Insane asylums in Bengal annual reports 1867-1875 - 1867-1875
Year: 1867
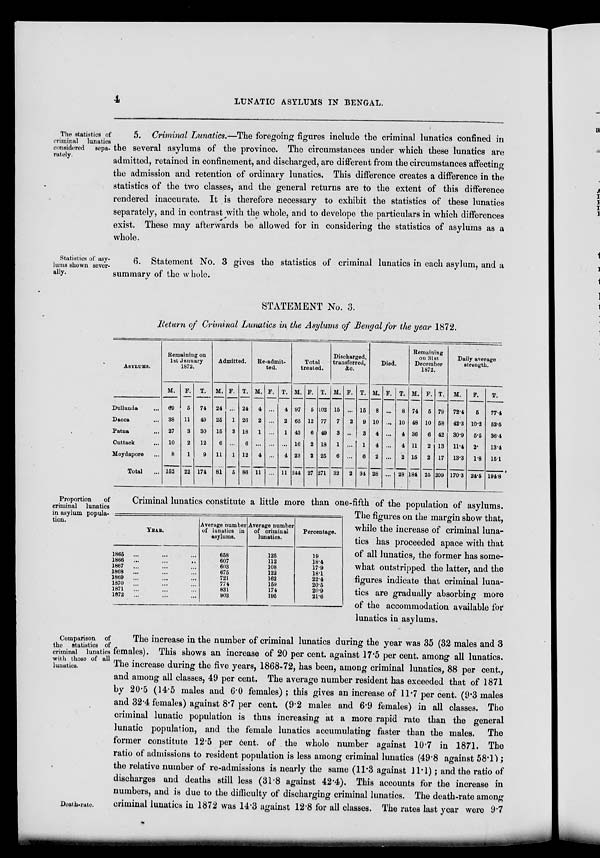
4
LUNATIC ASYLUMS IN BENGAL.
The statistics of
criminal lunatics
considered
sepa-
rately.
5. Criminal Lunatics.—The foregoing figures include the criminal lunatics confined in
the several asylums of the province. The circumstances under which these lunatics are
admitted, retained in confinement, and discharged, are different from the circumstances affecting
the admission and retention of ordinary lunatics. This difference creates a difference in the
statistics of the two classes, and the general returns are to the extent of this difference
rendered inaccurate. It is therefore necessary to exhibit the statistics of these lunatics
separately, and in contrast with the whole, and to develope the particulars in which differences
exist. These may afterwards be allowed for in considering the statistics of asylums as a
whole.
Statistics of asy-
lums shown sever-
ally.
6. Statement No. 3 gives the statistics of criminal lunatics in each asylum, and a
summary of the w hole.
STATEMENT No. 3.
Return of Criminal Lunatics in the Asylums of Bengal for the year 1872.
ASYLUMS.
Dullunda ...
Dacca ...
Patna ...
Cuttack ...
Moydapore ...
Total ...
Remaining on
1st January
1872.
M.
69
38
27
10
8
152
F.
5
11
3
2
1
22
T.
74
49
30
12
9
174
Admitted.
M.
24
25
15
6
11
81
F.
...
1
3
...
1
5
T.
24
26
18
6
12
86
Re-admit-
ted.
M.
4
2
1
...
4
11
F.
...
...
...
...
...
...
T.
4
2
1
...
4
11
Total
treated.
M.
97
65
43
16
23
244
F.
5
12
6
2
2
27
T.
102
77
49
18
25
271
Discharged,
transferred,
&c.
M.
15
7
3
1
6
32
F.
...
2
...
...
...
2
T.
15
9
3
1
6
34
Died.
M.
8
10
4
4
2
28
F.
...
...
...
...
...
...
T.
8
10
4
4
2
28
Remaining
on 31st
December
1872.
M.
74
48
36
11
15
184
F.
5
10
6
2
2
25
T.
79
58
42
13
17
209
Daily average
strength.
M.
72.4
42.3
30.9
11.4
13.3
170.3
F.
5
10.2
5.5
2.
1.8
24.5
T.
77.4
52.5
36.4
13.4
15.1
194.8
Proportion
of
criminal lunatics
in asylum popula-
tion.
YEAR.
1865 ... ... ...
1866
... ... ...
1867
... ... ...
1868 ... ... ...
1869 ... ... ...
1870 ... ... ...
1871 ... ... ...
1872
... ... ...
Average number
of lunatics in
asylums.
658
607
603
675
721
774
831
903
Average number
of criminal
lunatics.
125
112
108
122
162
159
174
195
Percentage.
19
18.4
17.9
18.1
22.4
20.5
20.9
21.6
Criminal lunatics constitute a little more than one-fifth of the population of asylums.
The figures on the margin show that,
while the increase of criminal luna-
tics has proceeded apace with that
of all lunatics, the former has some-
what outstripped the latter, and the
figures indicate that criminal luna-
tics are gradually absorbing more
of the accommodation available for
lunatics in asylums.
Comparison of
the statistics of
criminal lunatics
with those of all
lunatics.
Death-rate.
The increase in the number of criminal lunatics during the year was 35 (32 males and 3
females). This shows an increase of 20 per cent, against 17.5 per cent. among all lunatics.
The increase during the five years, 1868-72, has been, among criminal lunatics, 88 per cent.,
and among all classes, 49 per cent. The average number resident has exceeded that of 1871
by 20.5 (14.5 males and 6.0 females) ; this gives an increase of 11.7 per cent. (9.3 males
and 32.4 females) against 8.7 per cent. (9.2 males and 6.9 females) in all classes. The
criminal lunatic population is thus increasing at a more rapid rate than the general
lunatic population, and the female lunatics accumulating faster than the males. The
former constitute 12.5 per cent. of the whole number against 10.7 in 1871. The
ratio of admissions to resident population is less among criminal lunatics (49.8 against 58.1);
the relative number of re-admissions is nearly the same (11.3 against 11.1); and the ratio of
discharges and deaths still less (31.8 against 42.4). This accounts for the increase in
numbers, and is due to the difficulty of discharging criminal lunatics. The death-rate among
criminal lunatics in 1872 was 14.3 against 12.8 for all classes. The rates last year were 9.7